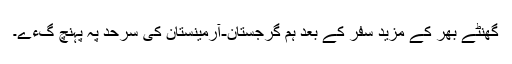
گھنٹے بھر کے مزید سفر کے بعد ہم گرجستان-آرمینستان کی سرحد پہ پہنچ گءے۔